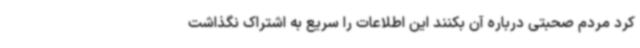
کرد مردم صحبتی درباره آن بکنند این اطلاعات را سریع به اشتراک نگذاشت